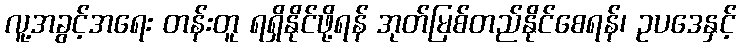
လူ့အခွင့်အရေး တန်းတူ ရရှိနိုင်ဖို့ရန် အုတ်မြစ်တည်နိုင်စေရန်၊ ဥပဒေနှင့်